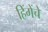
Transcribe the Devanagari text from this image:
हिंगेंचे